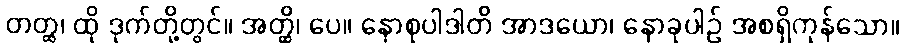
တတ္ထ၊ ထို ဒုက်တို့တွင်။ အတ္ထိ၊ ပေ။ နောစုပါဒါတိ အာဒယော၊ နောခုပါဉ် အစရှိကုန်သော။